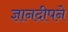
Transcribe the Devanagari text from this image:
ज्ञानदीपने